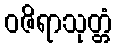
ဝဇိရာသုတ္တံ